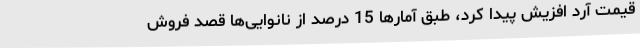
قیمت آرد افزیش پیدا کرد، طبق آمارها 15 درصد از نانوایی‌ها قصد فروش